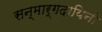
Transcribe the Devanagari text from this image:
सन्मार्गदायिनी